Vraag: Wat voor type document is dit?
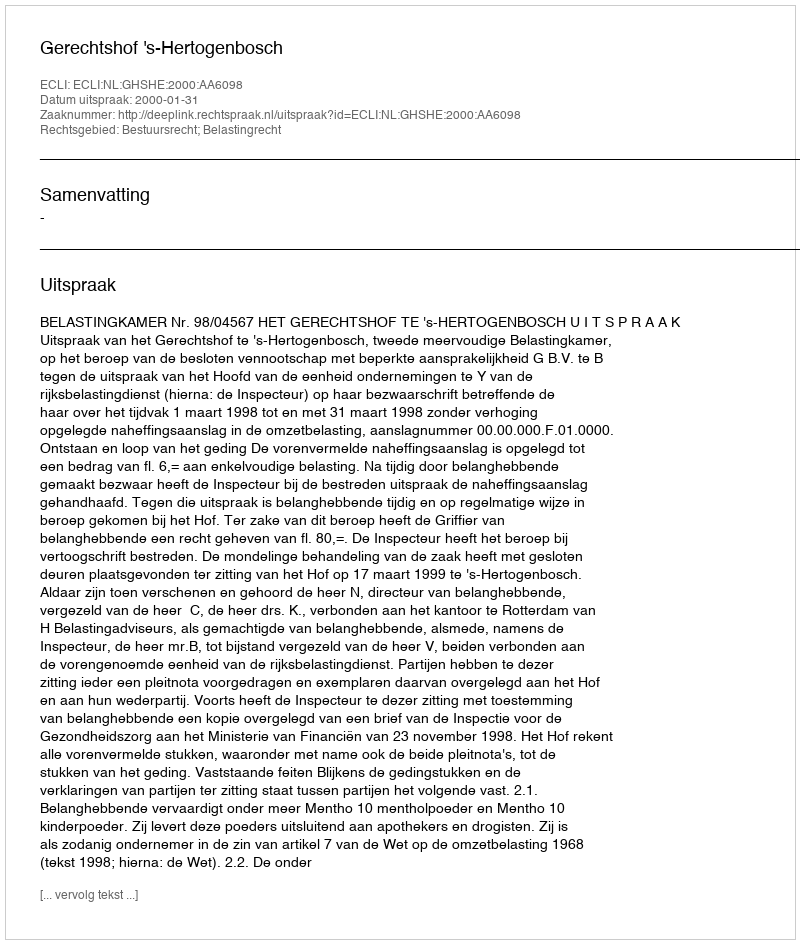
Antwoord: Uitspraak